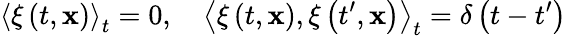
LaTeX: \left\langle\xi\left(t,\mathbf{x}\right)\right\rangle_{t}=0,\quad\left\langle\xi\left(t,\mathbf{x}\right),\xi\left(t^{\prime},\mathbf{x}\right)\right\rangle_{t}=\delta\left(t-t^{\prime}\right)